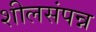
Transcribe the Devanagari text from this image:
शीलसंपन्न